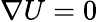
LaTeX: \nabla U=0